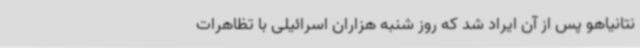
نتانیاهو پس از آن ایراد شد که روز شنبه هزاران اسرائیلی با تظاهرات